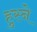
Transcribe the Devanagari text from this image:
हुस्ने